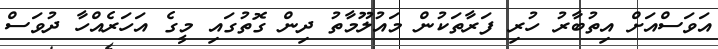
އަވަސްއަށް އިތުބާރު ހުރި ފަރާތަކުން މައުލޫމާތު ދިން ގޮތުގައި މީގެ އަހަރެއްހާ ދުވަސް